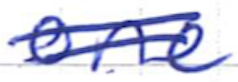
Text: one
Cross-out: double-line
Writing tool: ballpoint